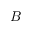
B